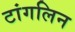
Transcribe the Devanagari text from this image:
टांगलिन